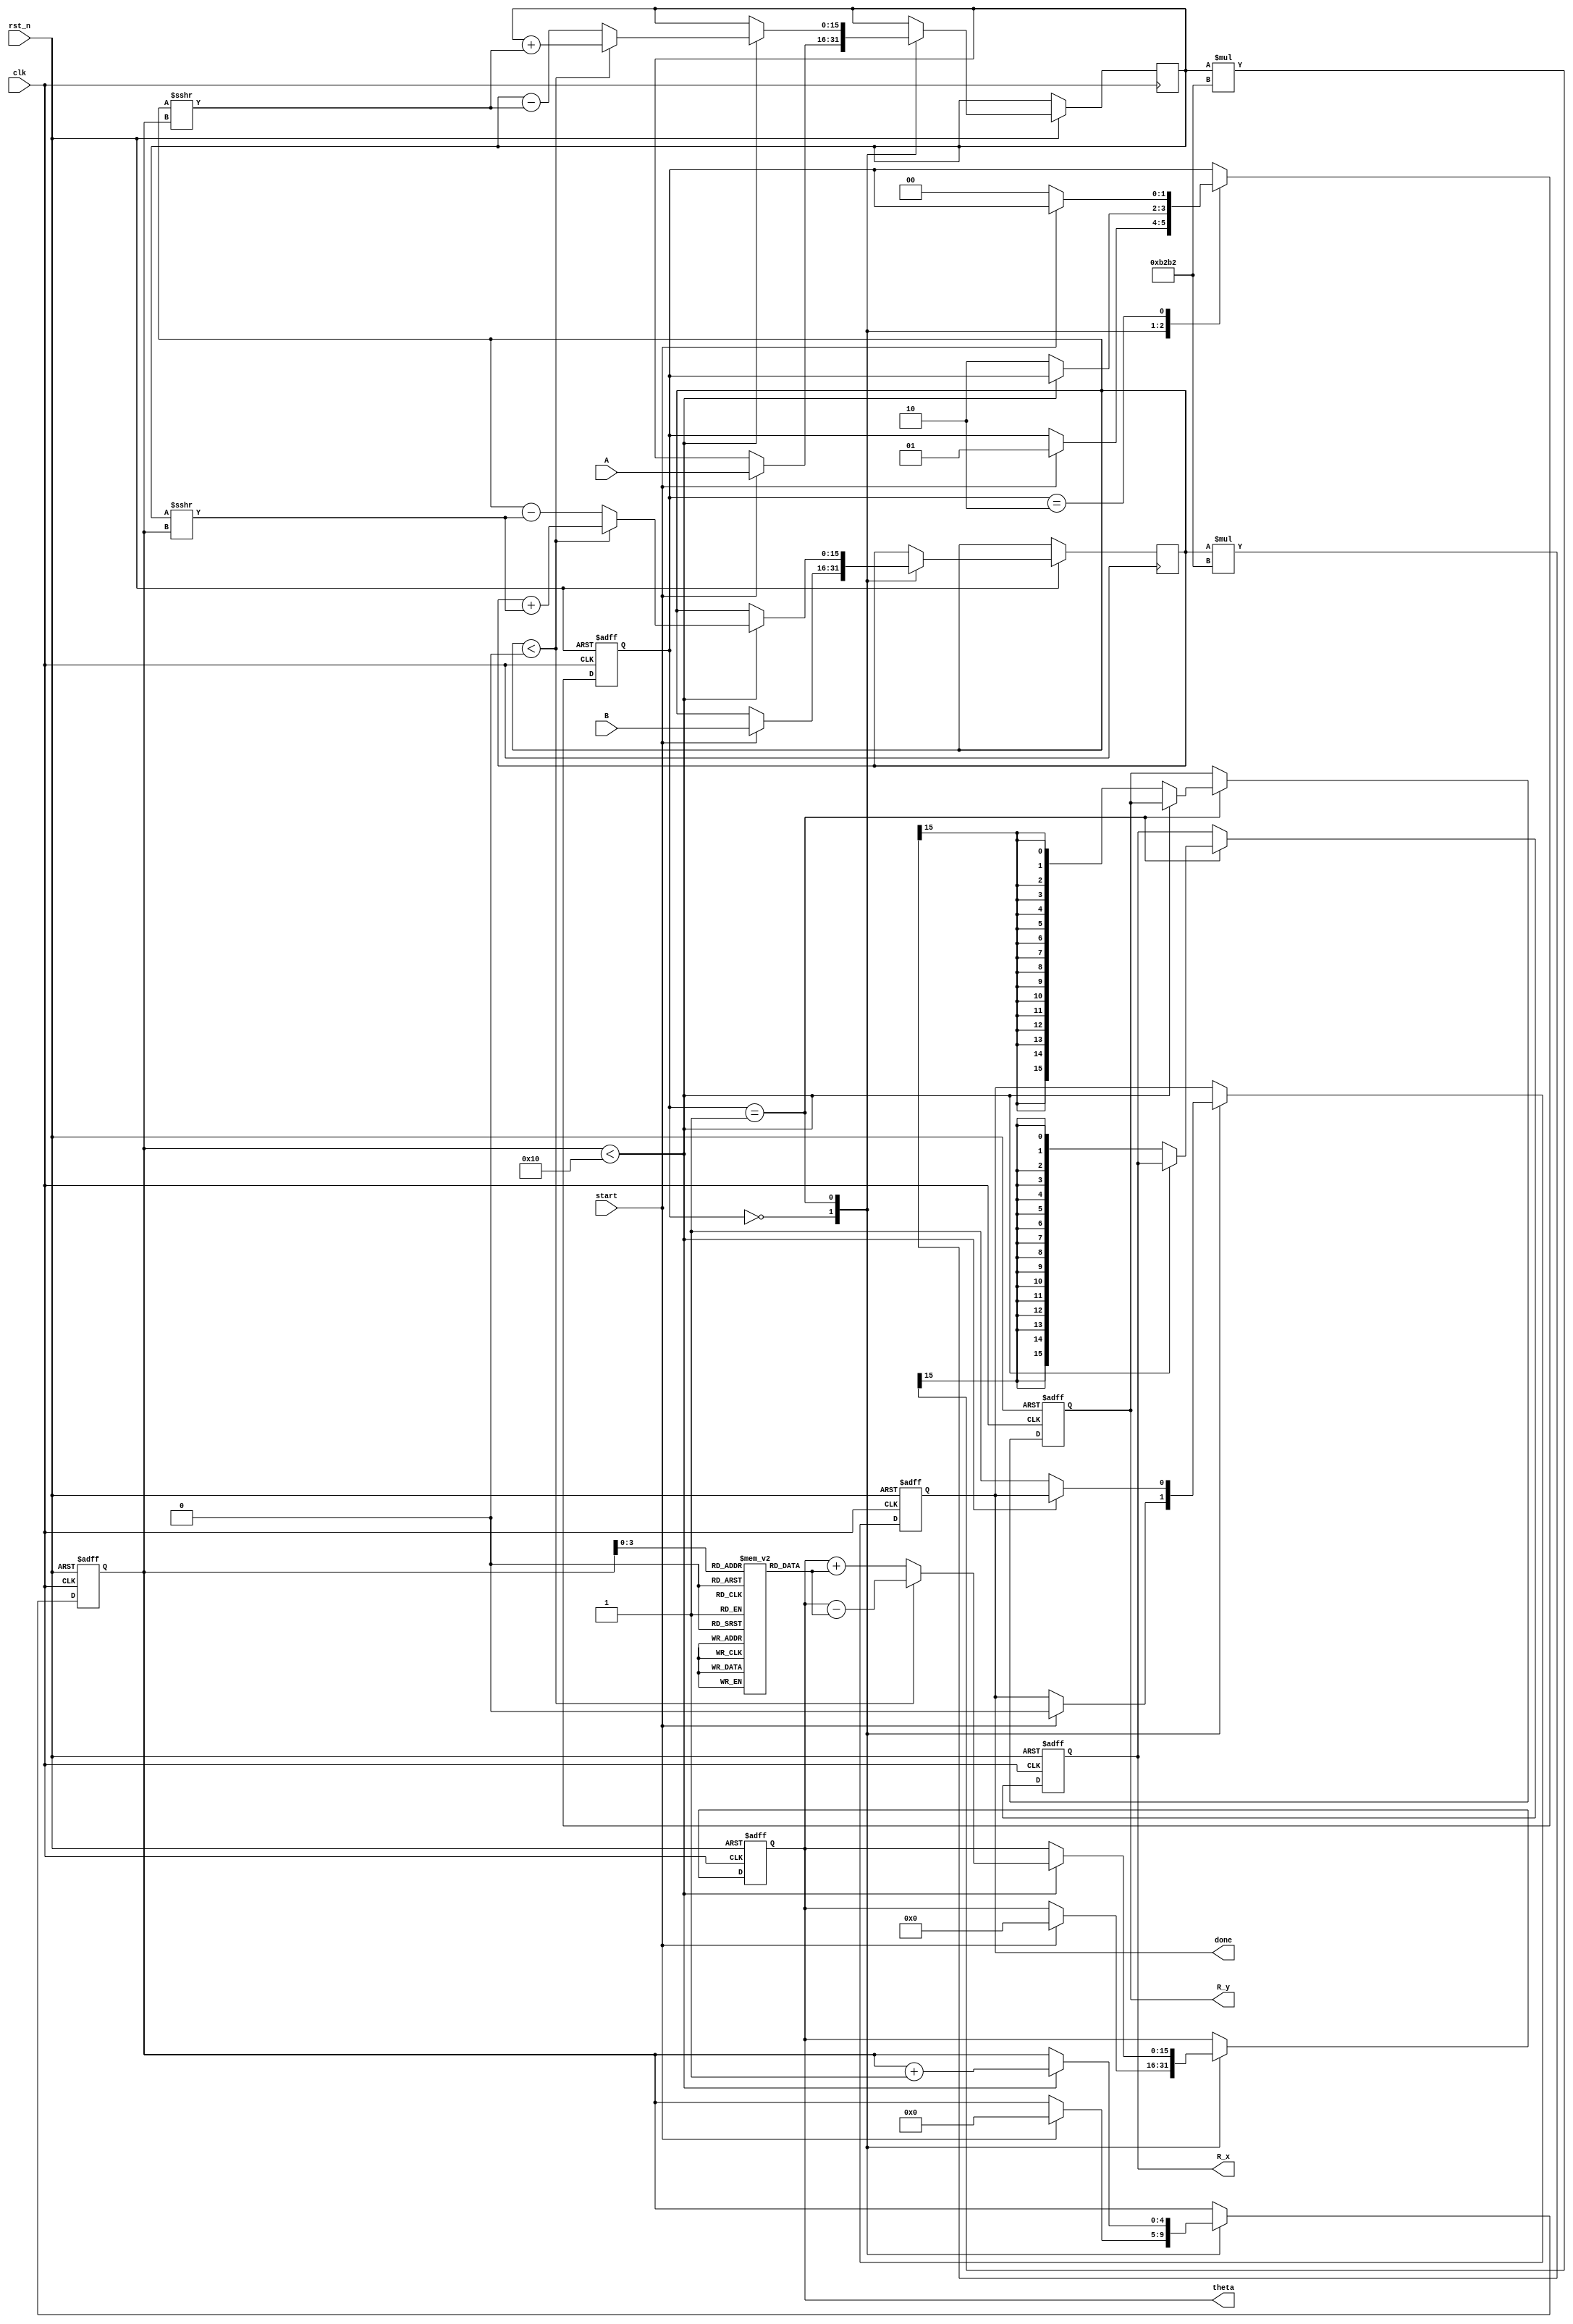
module vectoring_cordic #(
    parameter WIDTH = 16,        // Bit-width for coordinates and angles
    parameter ITERATIONS = 16    // Number of CORDIC iterations
)(
    input wire clk,              // Clock signal
    input wire rst_n,            // Active low reset
    input wire start,            // Start signal for computation
    input wire signed [WIDTH-1:0] A, // Input x coordinate
    input wire signed [WIDTH-1:0] B, // Input y coordinate
    output reg signed [WIDTH-1:0] R_x, // Resultant x coordinate
    output reg signed [WIDTH-1:0] R_y, // Resultant y coordinate
    output reg signed [WIDTH-1:0] theta, // Computed angle
    output reg done              // Computation done signal
);

    // Internal registers
    reg signed [WIDTH-1:0] x, y;
    reg [4:0] iteration; // Iteration counter
    reg [1:0] state;     // State machine
    reg signed [WIDTH-1:0] angle_table [0:ITERATIONS-1]; // Angle lookup table
    reg signed [WIDTH-1:0] K; // Scaling factor

    // Initialize angle lookup table (arctan(2^-i) for i = 0 to ITERATIONS-1)
    initial begin
        angle_table[0] = 16'h0000; // atan(1) = 0
        angle_table[1] = 16'h26DB; // atan(1/2) = 0.463647
        angle_table[2] = 16'h1C71; // atan(1/4) = 0.244978
        angle_table[3] = 16'h16C9; // atan(1/8) = 0.124389
        // ... Fill in the rest of the angles ...
        angle_table[15] = 16'h0C90; // atan(1/32768) = 0.000305
    end

    // Scaling factor for CORDIC
    initial begin
        K = 16'hB2B2; // Approximate scaling factor for 16 iterations
    end

    // State machine definitions
    localparam IDLE = 2'b00;
    localparam COMPUTE = 2'b01;
    localparam DONE = 2'b10;

    // Sequential logic for state machine and computation
    always @(posedge clk or negedge rst_n) begin
        if (!rst_n) begin
            state <= IDLE;
            done <= 0;
            iteration <= 0;
            R_x <= 0;
            R_y <= 0;
            theta <= 0;
        end else begin
            case (state)
                IDLE: begin
                    if (start) begin
                        x <= A;
                        y <= B;
                        iteration <= 0;
                        theta <= 0;
                        done <= 0;
                        state <= COMPUTE;
                    end
                end

                COMPUTE: begin
                    if (iteration < ITERATIONS) begin
                        if (y < 0) begin
                            x <= x + (y >>> iteration);
                            y <= y + (x >>> iteration);
                            theta <= theta - angle_table[iteration];
                        end else begin
                            x <= x - (y >>> iteration);
                            y <= y - (x >>> iteration);
                            theta <= theta + angle_table[iteration];
                        end
                        iteration <= iteration + 1;
                    end else begin
                        R_x <= x * K >>> (WIDTH - 1); // Scale the result
                        R_y <= y * K >>> (WIDTH - 1); // Scale the result
                        done <= 1;
                        state <= DONE;
                    end
                end

                DONE: begin
                    // Stay in DONE state until reset
                    if (!start) begin
                        state <= IDLE;
                    end
                end
            endcase
        end
    end
endmodule